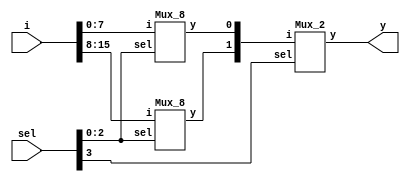
`timescale 1ns / 1ps
//////////////////////////////////////////////////////////////////////////////////
// Company: 
// Engineer: 
// 
// Design Name: 
// Module Name: Mux_16
// Project Name: 
// Target Devices: 
// Tool Versions: 
// Description: 
// 
// Dependencies: 
// 
// Revision:
// Revision 0.01 - File Created
// Additional Comments:
// 
//////////////////////////////////////////////////////////////////////////////////


module Mux_16(
input [15:0] i,
input [3:0] sel,
output y
);
wire w5,w6;
Mux_8 M1 (
.i(i [7:0]),
.sel(sel [2:0]),
.y(w5)
);

Mux_8 M2(
.i(i [15:8]),
.sel(sel [2:0]),
.y(w6)
);

Mux_2 M3(
.i({w6, w5}),
.sel(sel [3]),
.y(y)
);
endmodule


module Mux_2(
input [1:0] i,
input sel,
output y
);
wire nsel,and1,and2;
not n1 (nsel, sel);
and a1 (and1, nsel, i[0]);
and a2 (and2, sel, i[1]);
or o1 (y, and1, and2);
endmodule


module Mux_4(
input [3:0] i,
input [1:0] sel,
output y
);
wire w1, w2;
Mux_2 M1 (
.i(i [1:0]),
.sel(sel[0]),
.y(w1)
);

Mux_2 M2(
.i(i [3:2]),
.sel(sel[0]),
.y(w2)
);

Mux_2 M3(
.i({w2,w1}),
.sel(sel[1]),
.y(y)
);
endmodule


module Mux_8(
input [7:0] i,
input [2:0] sel,
output y
);
wire w3, w4;
Mux_4 M1 (
.i(i [3:0]),
.sel(sel[1:0]),
.y(w3)
);

Mux_4 M2 (
.i(i [7:4]),
.sel(sel[1:0]),
.y(w4)
);

Mux_2 M3 (
.i({w4,w3}),
.sel(sel[2]),
.y(y)
);
endmodule